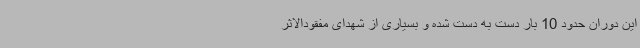
این دوران حدود 10 بار دست به دست شده و بسیاری از شهدای مفقودالاثر